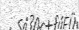
.    .